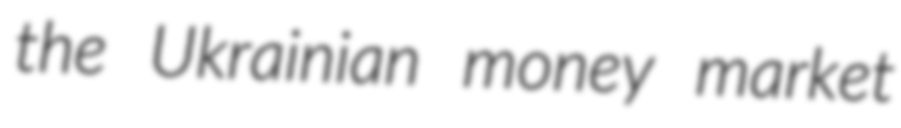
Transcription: the Ukrainian money market